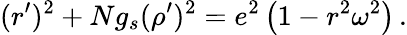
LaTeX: (r^{\prime})^{2}+Ng_{s}(\rho^{\prime})^{2}=e^{2}\left(1-r^{2}\omega^{2}\right)\, .